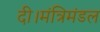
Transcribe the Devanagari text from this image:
दी।मंत्रिमंडल